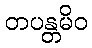
တပန္တမိဝ